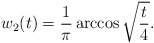
\begin{align*}w_2(t) = \frac1\pi \arccos \sqrt{\frac t4}.\end{align*}